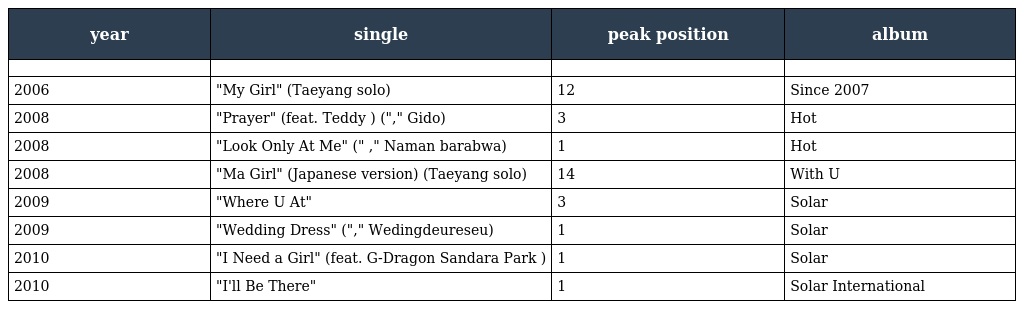
| year | single | peak position | album |
 | --- | --- | --- | --- |
 |  |  |  |  |
 | 2006 | "My Girl" (Taeyang solo) | 12 | Since 2007 |
 | 2008 | "Prayer" (feat. Teddy ) ("기도," Gido) | 3 | Hot |
 | 2008 | "Look Only At Me" ("나만 바라봐," Naman barabwa) | 1 | Hot |
 | 2008 | "Ma Girl" (Japanese version) (Taeyang solo) | 14 | With U |
 | 2009 | "Where U At" | 3 | Solar |
 | 2009 | "Wedding Dress" ("웨딩드레스," Wedingdeureseu) | 1 | Solar |
 | 2010 | "I Need a Girl" (feat. G-Dragon Sandara Park ) | 1 | Solar |
 | 2010 | "I'll Be There" | 1 | Solar International |